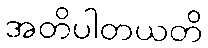
အတိပါတယတိ